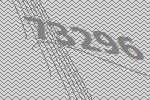
73296